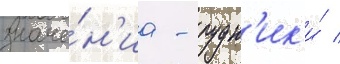
значе́н'иа - рудн'ик'и́ /